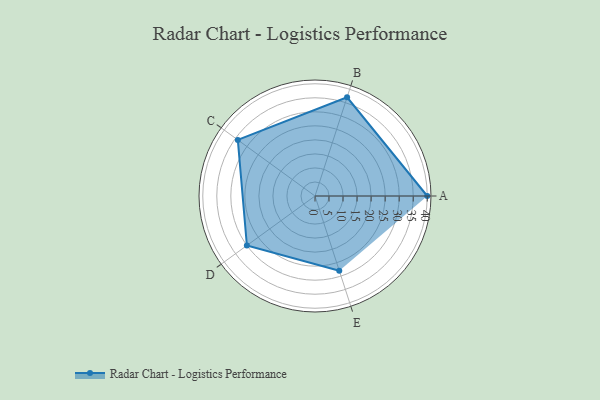
{"axis": {"x": "Skill", "y": "Score"}, "legend": ["Profile"], "data": [{"x": "A", "y": 40.0, "type": "Profile"}, {"x": "B", "y": 37.0, "type": "Profile"}, {"x": "C", "y": 34.0, "type": "Profile"}, {"x": "D", "y": 30.0, "type": "Profile"}, {"x": "E", "y": 28.0, "type": "Profile"}]}